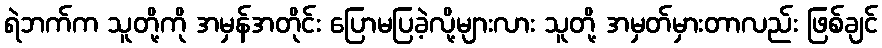
ရဲဘက်က သူတို့ကို အမှန်အတိုင်း ပြောမပြခဲ့လို့များလား သူတို့ အမှတ်မှားတာလည်း ဖြစ်ချင်